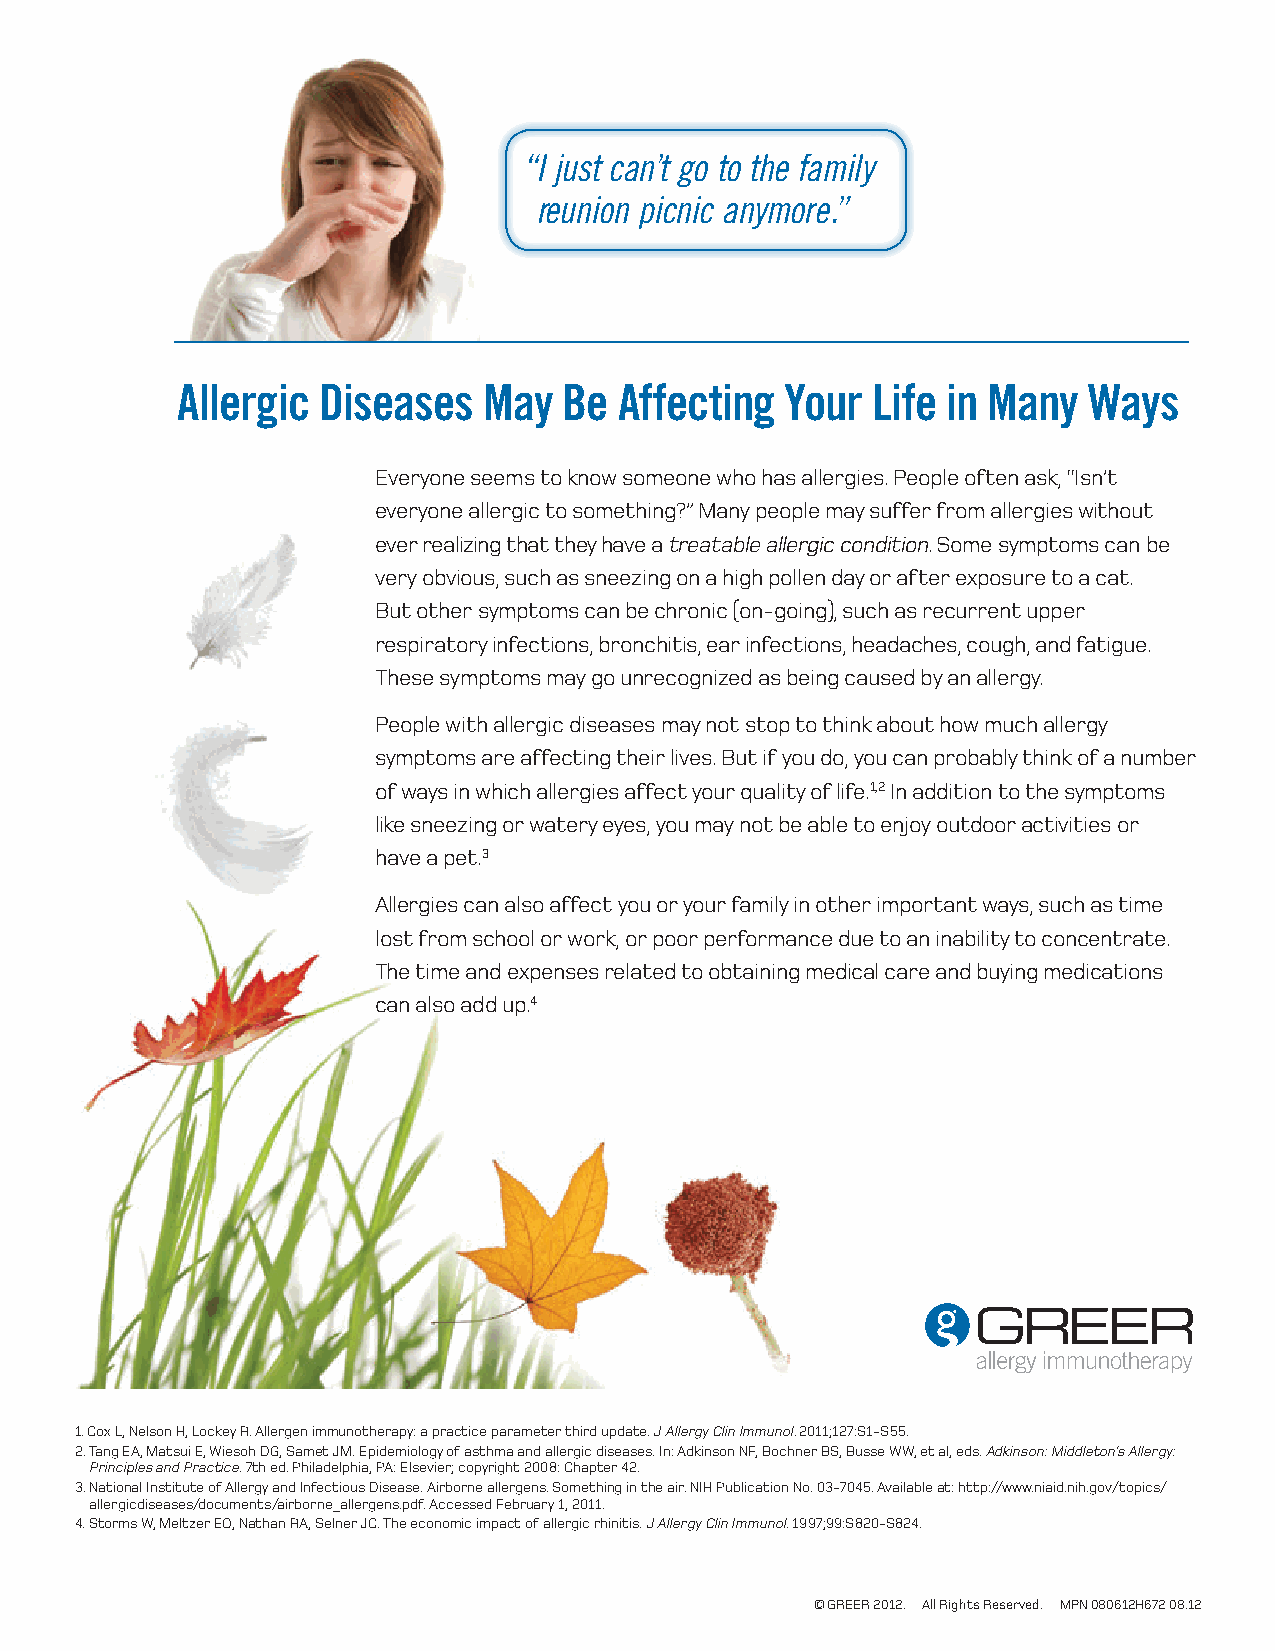
“ I just can’t go to the family
 reunion picnic anymore.”
 Allergic Diseases   May  Be  Affecting  Your  Life in Many  Ways
 Everyone seems to know someone who has allergies. People often ask, “Isn’t
 everyone allergic to something?” Many people may suffer from allergies without
 ever realizing that they have a treatable allergic condition. Some symptoms can be
 very obvious, such as sneezing on a high pollen day or after exposure to a cat.
 But other symptoms can be chronic (on-going), such as recurrent upper
 respiratory infections, bronchitis, ear infections, headaches, cough, and fatigue.
 These symptoms may go unrecognized as being caused by an allergy.
 People with allergic diseases may not stop to think about how much allergy
 symptoms are affecting their lives. But if you do, you can probably think of a number
 of ways in which allergies affect your quality of life.1,2 In addition to the symptoms
 like sneezing or watery eyes, you may not be able to enjoy outdoor activities or
 have a pet.3
 Allergies can also affect you or your family in other important ways, such as time
 lost from school or work, or poor performance due to an inability to concentrate.
 The time and expenses related to obtaining medical care and buying medications
 can also add up.4
 1. Cox L, Nelson H, Lockey R. Allergen immunotherapy: a practice parameter third update. J Allergy Clin Immunol. 2011;127:S1-S55.
 2. Tang EA, Matsui E, Wiesoh DG, Samet JM. Epidemiology of asthma and allergic diseases. In: Adkinson NF, Bochner BS, Busse WW, et al, eds. Adkinson: Middleton’s Allergy:
 Principles and Practice. 7th ed. Philadelphia, PA: Elsevier; copyright 2008: Chapter 42.
 3. National Institute of Allergy and Infectious Disease. Airborne allergens. Something in the air. NIH Publication No. 03-7045. Available at: http://www.niaid.nih.gov/topics/
 allergicdiseases/documents/airborne_allergens.pdf. Accessed February 1, 2011.
 4. Storms W, Meltzer EO, Nathan RA, Selner JC. The economic impact of allergic rhinitis. J Allergy Clin Immunol. 1997;99:S820-S824.
 © GREER 2012. All Rights Reserved. MPN 080612H672 08.12